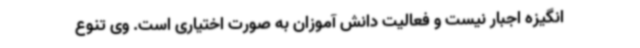
انگیزه اجبار نیست و فعالیت دانش آموزان به صورت اختیاری است. وی تنوع